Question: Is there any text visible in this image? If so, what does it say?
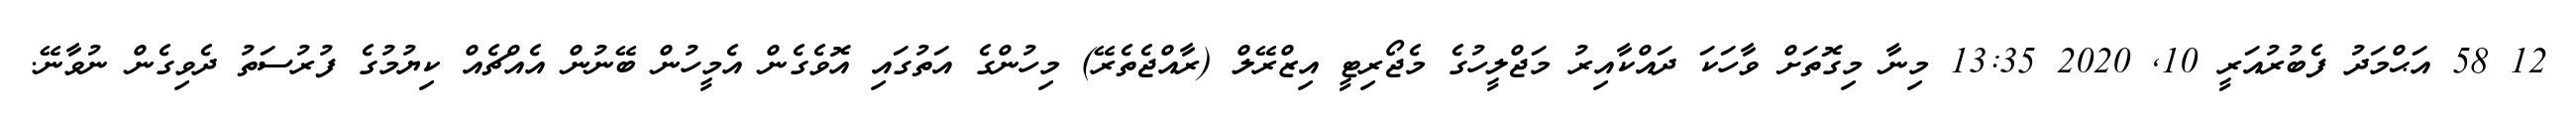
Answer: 12 58 އަޙްމަދު ފެބުރުއަރީ 10, 2020 13:35 މިނާ މިގޮތަށް ވާހަކަ ދައްކާއިރު މަޖްލީހުގެ މެޖޯރިޓީ އިޒްރޭލް (ރާއްޖެތެރޭ) މިހުންގެ އަތުގައި އޮވެގެން އެމީހުން ބޭނުން އެއްޗެއް ކިޔުމުގެ ފުރުސަތު ދެވިގެން ނުވާނޭ.